Dysentery in Hazaribagh Central Jail - Number 52
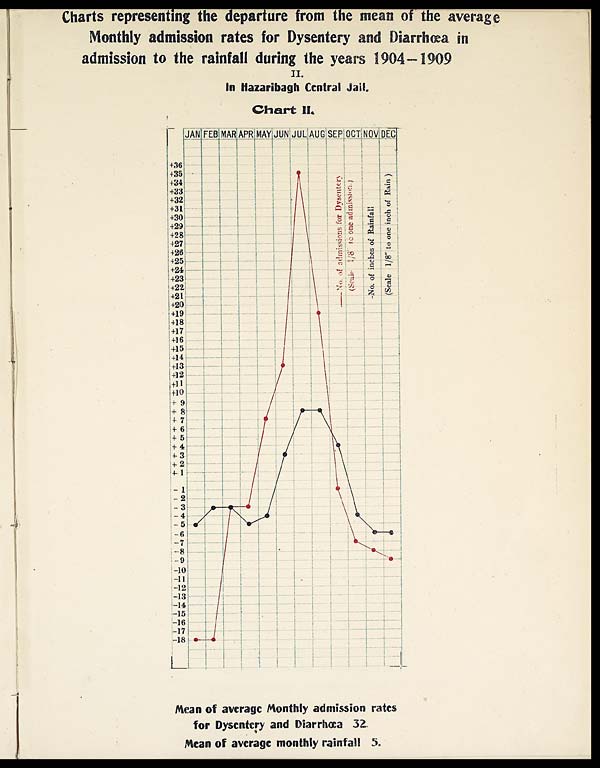
Charts representing the departure from the menu of the average
Monthly admission rates for Dysentery and
Diarrhœaadmission to the rainfall during the years 1904—1909
II.
In Hazaribagh Central Jail,
Chart II.
Mean of average Monthly admission rates
for Dysentery and Diarrhœa 32.
Mean of average monthly rainfall 5.